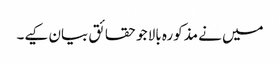
میں نے مذکورہ بالا جو حقائق بیان کیے۔